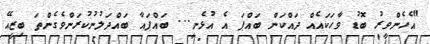
"އެހެންވީރު ބޮޑު ވާހަކައެއް ދައްކަން ބައްޕަ އެ އުޅެނީ... ބައްޕައާ ބައްދަލުނުކުރަންވެގެންތަ ބިޒީއޭ